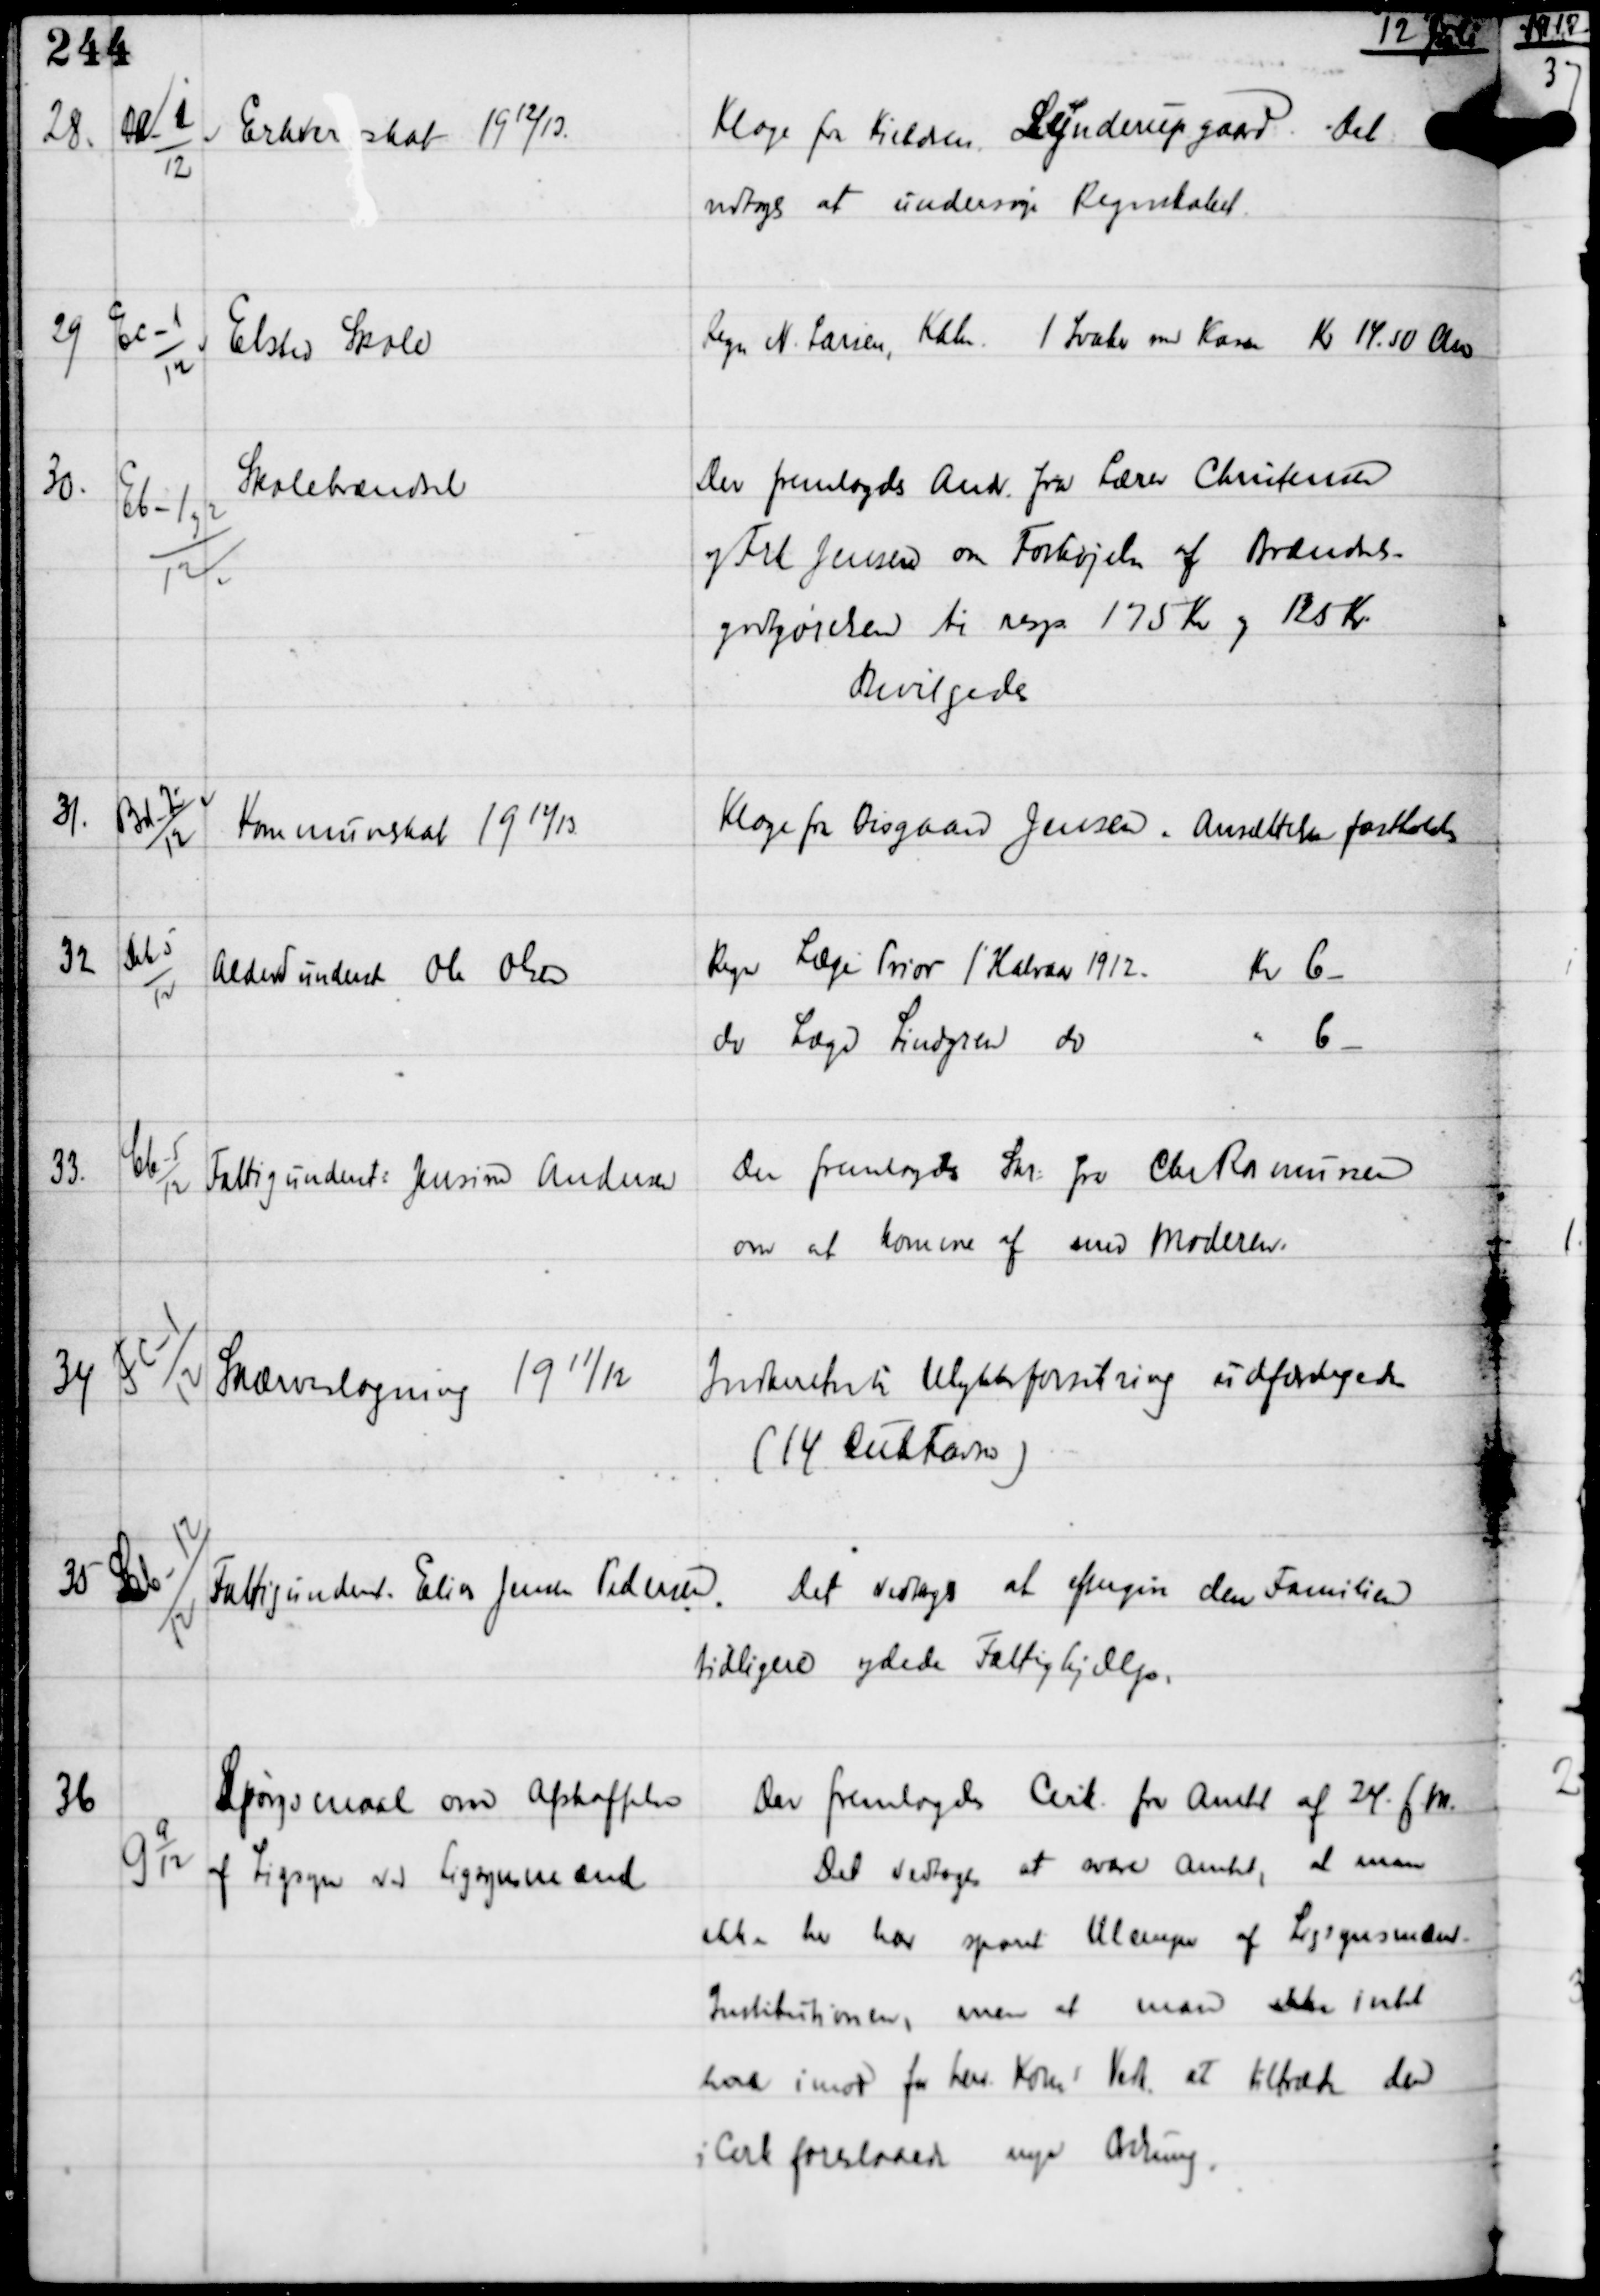
Transskription:
12 juli

28.

Da-2
12

Erhvervsskat 1912/13.

Klage fra Kieldsen, Lynderupgaard. Det
vedtoges at undersøge Regnskabet

29

Ec-1
12

Elsted Skole

Regn N Larsen, Kbh 1 Svare med Kassen Kr 14.50 Anv

30

Eb-1 og 2
12

Skolebrændsel

Der fremlagdes Andr fra Lærer Christensen
og Frk Jensen om Forhøjelse af Brændsels-
godgørelse til resp 175 Kr og 125 Kr
Bevilgedes

31

Bd-2
12

Kommuneskat 1912/13

Klage fra Bisgaard Jensen. Ansættelsen fastholdes

32

Db-5
12

Alderdunderst Ole Olsen

Regn Læge Prior 1' Halvaar 1912 Kr 6-
do Læge Lindgren do " 6-

33

Cb-5
12

Fattigunderst Jensine Andersen

Der fremlagdes Skr fra Chr Rasmussen
om at komme af med Moderen.

34

Fc-1
12

Skærveslagning 1911/12

Indberetn til Ulykkesforsikring udfærdigedes
(14 CubFavn)

35

Lb-12
12

Fattigunderst Elin Jensen Pedersen.

Det vedtoges at eftergive den Familien
tidligere ydede Fattighjælp.

36

G 9
12

Spørgsmaal om Afskaffelser
af Ligsyn ved Ligsynsmænd

Der fremlagdes Cirk fra Amtet af 24. f.M.
Det vedtoges at svare Amtet, at man
ikke her har sporet Ulemper af Ligsynsmænd
Institutionen, men at man ikke intet
havde imod for herv Koms Vedk at tiltræde den
i Cirk foreslaaede nye Ordning.